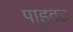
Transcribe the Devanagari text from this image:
पाइवट